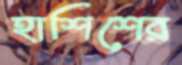
হাশিশের